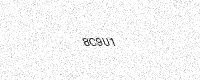
Text: 8C9U1